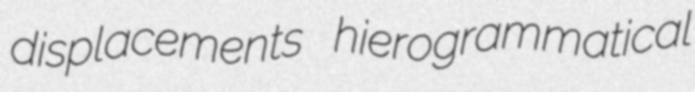
displacements hierogrammatical